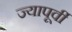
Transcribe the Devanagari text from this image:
ज्यापूर्वी